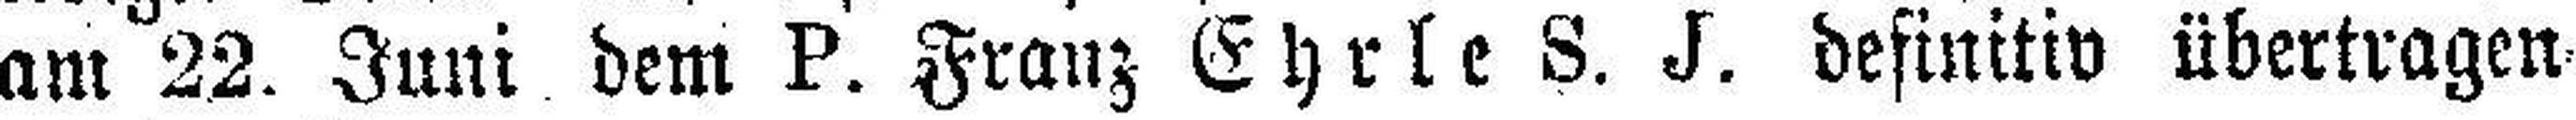
am 22. Juni dem P. Franz Ehrle S. J. definitiv übertragen¬